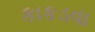
કાકડવા